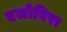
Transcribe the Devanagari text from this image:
एलोविरा